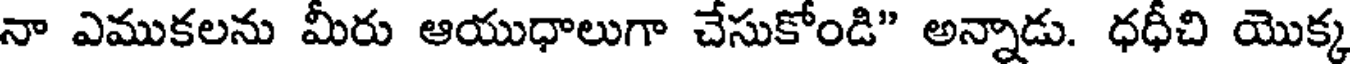
నా ఎముకలను మీరు ఆయుధాలుగా చేసుకోండి" అన్నాడు. ధధీచి యొక్క